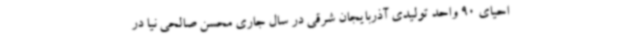
احیای 90 واحد تولیدی آذربایجان شرقی در سال جاری محسن صالحی نیا در